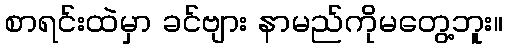
စာရင်းထဲမှာ ခင်ဗျား နာမည်ကိုမတွေ့ဘူး။